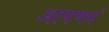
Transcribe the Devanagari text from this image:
आपणने